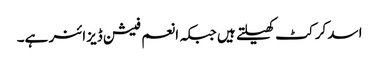
اسد کرکٹ کھیلتے ہیں جبکہ انعم فیشن ڈیزائنر ہے۔